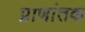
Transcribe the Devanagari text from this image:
प्राणांतक